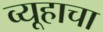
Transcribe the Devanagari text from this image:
व्यूहाचा